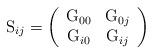
LaTeX: \begin{align*}\mathrm{S}_{ij}=\left(\begin{array}{cc}\mathrm{G}_{00} & \mathrm{G}_{0j} \\\mathrm{G}_{i0} & \mathrm{G}_{ij}\end{array}\right) \end{align*}